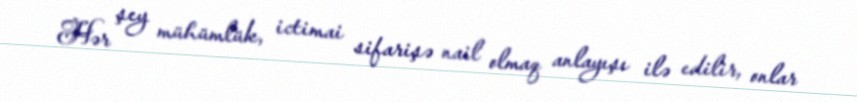
Hər şey mühümlük, ictimai sifarişə nail olmaq anlayışı ilə edilir, onlar